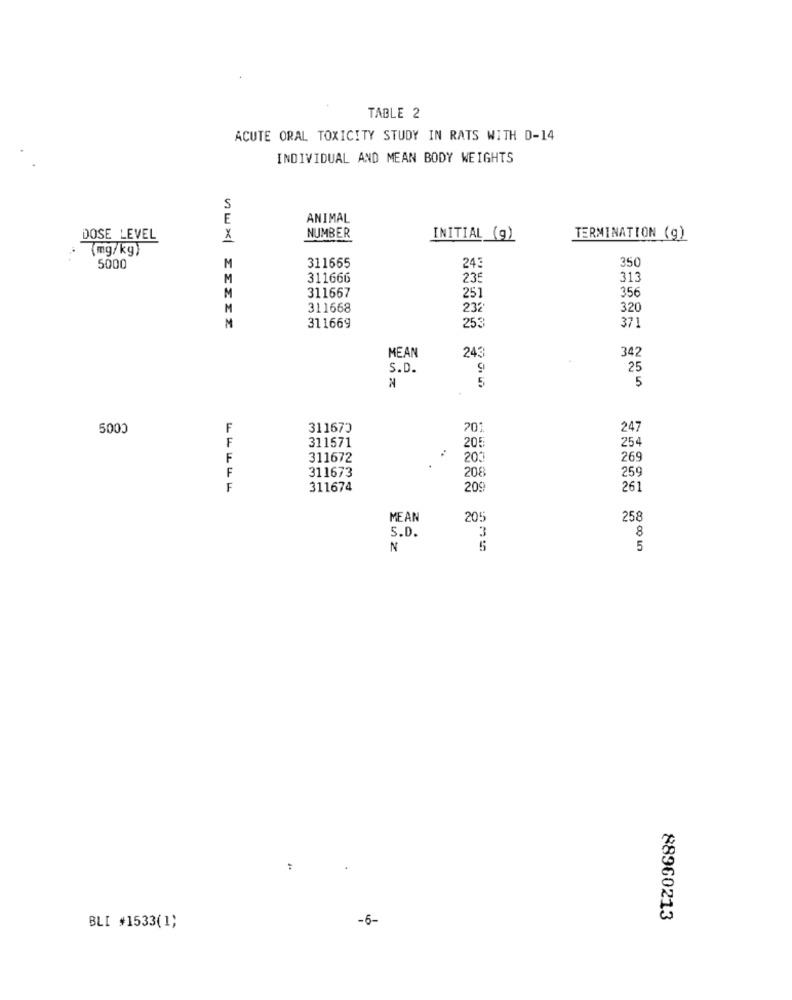
TABLE 2
ACUTE ORAL TOXICITY STUDY IN RATS WITH D-14
INDIVIDUAL AND MEAN BODY WEIGHTS
S
E
ANIMAL
NUMBER
DOSE LEVEL
X
INITIAL (g)
TERMINATION (g)
(mg/kg)
311665
350
5000
M
243
M
311666
235
313
356
M
311667
251
M
311668
232
320
M
253
371
311669
MEAN
243
342
S.D.
9
25
5
5
5000
F
311673
201
247
F
311571
205
25
F
311672
203
269
F
311673
208
259
F
311674
209
261
MEAN
205
258
3
8
S.D.
N
5
5
-6-
88960213
BLI #1533(1)